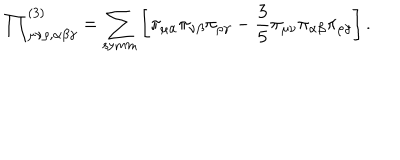
{ \prod } _ { \mu \nu \rho , \alpha \beta \gamma } ^ { ( 3 ) } = \sum _ { \mathrm { s y m m } } \left[ \pi _ { \mu \alpha } \pi _ { \nu \beta } \pi _ { \rho \gamma } - \frac { 3 } { 5 } \pi _ { \mu \nu } \pi _ { \alpha \beta } \pi _ { \rho \gamma } \right] .